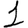
Digit: 1